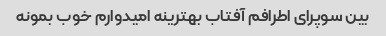
بین سوپرای اطرافم آفتاب بهترینه امیدوارم خوب بمونه